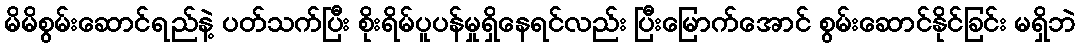
မိမိစွမ်းဆောင်ရည်နဲ့ ပတ်သက်ပြီး စိုးရိမ်ပူပန်မှုရှိနေရင်လည်း ပြီးမြောက်အောင် စွမ်းဆောင်နိုင်ခြင်း မရှိဘဲ